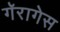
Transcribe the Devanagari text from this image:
गॅरागेस